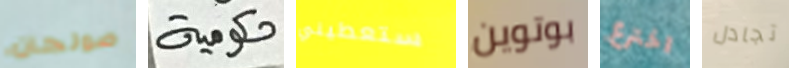
صولجان حكومية ستعطيني بوتوين اخترع تجادل